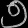
Digit: ၅